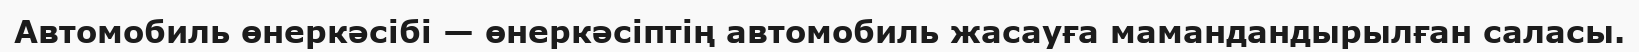
Автомобиль өнеркәсібі — өнеркәсіптің автомобиль жасауға мамандандырылған саласы.